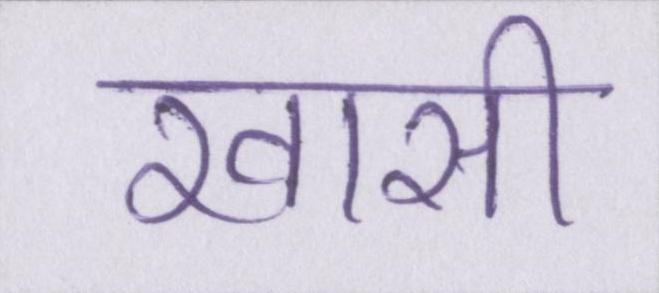
खासी